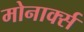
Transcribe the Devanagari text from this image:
मोनार्क्स